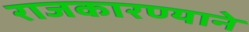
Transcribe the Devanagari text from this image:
राजकारण्याने